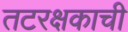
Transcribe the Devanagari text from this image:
तटरक्षकाची